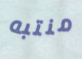
منتبه